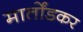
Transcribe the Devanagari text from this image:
मार्तोंडकर